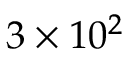
3 \times 1 0 ^ { 2 }